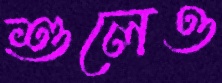
শুলেও